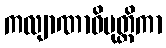
ကလျာဏာဓိမုတ္တိကာ